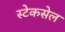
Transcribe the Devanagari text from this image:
स्टेकसेल